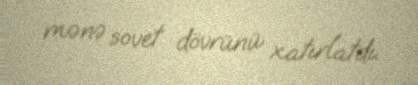
mənə sovet dövrünü xatırlatdı.